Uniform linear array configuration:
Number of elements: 24
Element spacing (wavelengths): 0.75
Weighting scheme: exponential
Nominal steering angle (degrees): -60
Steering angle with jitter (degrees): -58.623
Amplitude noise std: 0.05
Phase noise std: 0.05

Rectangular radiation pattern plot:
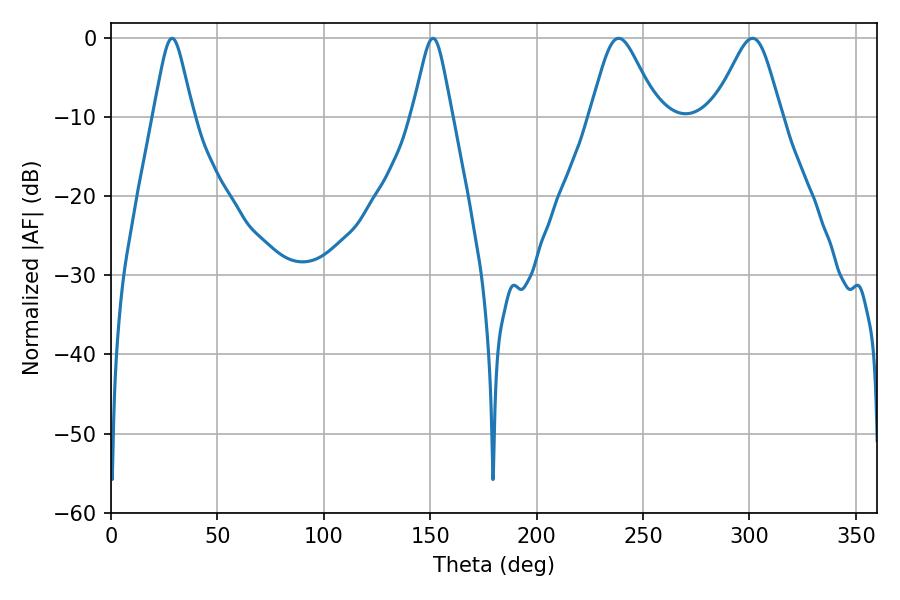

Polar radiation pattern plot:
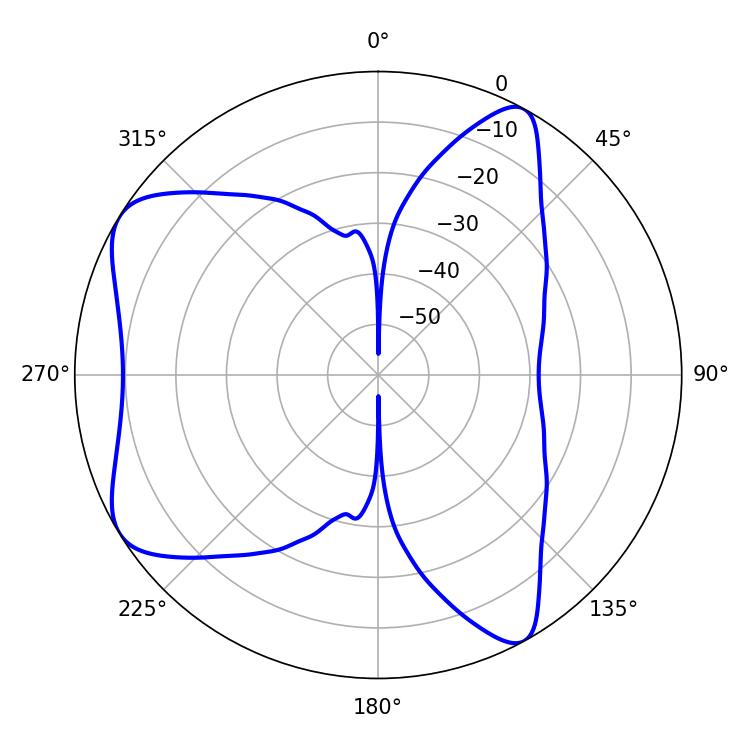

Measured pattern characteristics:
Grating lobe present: TRUE
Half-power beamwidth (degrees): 15.48
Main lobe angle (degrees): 301.5